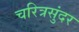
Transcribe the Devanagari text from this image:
चरित्रसुंदर